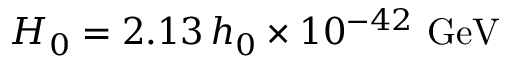
H _ { 0 } = 2 . 1 3 \, h _ { 0 } \times 1 0 ^ { - 4 2 } \, \, \mathrm { G e V }